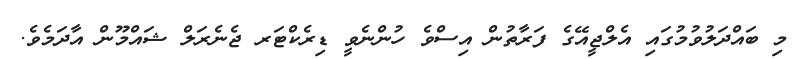
މި ބައްދަލުވުމުގައި އެލްޖީއޭގެ ފަރާތުން އިސްވެ ހުންނެވީ ޑިރެކްޓަރ ޖެނެރަލް ޝައްމޫން އާދަމެވެ.